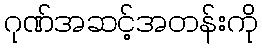
ဂုဏ်အဆင့်အတန်းကို